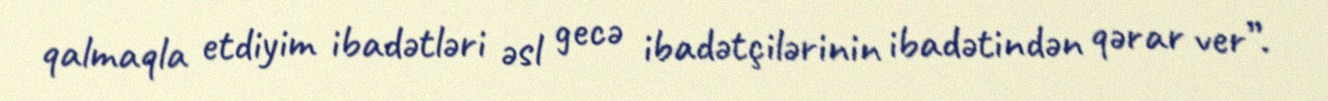
qalmaqla etdiyim ibadətləri əsl gecə ibadətçilərinin ibadətindən qərar ver”.